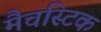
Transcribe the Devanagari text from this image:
मैचस्टिक